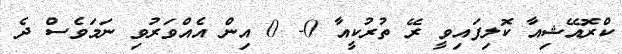
ކްރޮއޭޝިއާ ކޮލިފައިވީ ރޭ ތުރުކީއާ 0- 0 އިން އެއްވަރުވި ނަމަވެސް ދެ